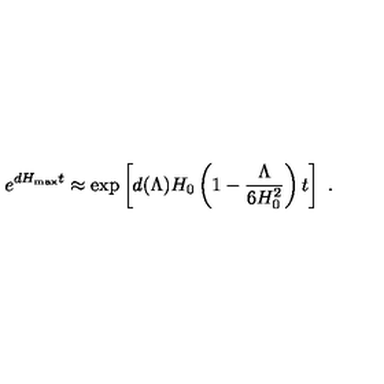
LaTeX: e ^ { d H _ { \mathrm { m a x } } t } \approx \exp \left[ d ( \Lambda ) H _ { 0 } \left( 1 - { \frac { \Lambda } { 6 H _ { 0 } ^ { 2 } } } \right) t \right] \ .